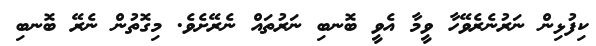
ކިފުޅިން ނަރުނެރެވޭހާ ވީމާ އެވީ ބޮނބި ނަރުތައް ނެރޭށެވެ. މިގޮތުން ނެރޭ ބޮނބި